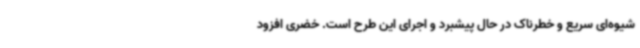
شیوه‌ای سریع و خطرناک در حال پیشبرد و اجرای این طرح است. خضری افزود